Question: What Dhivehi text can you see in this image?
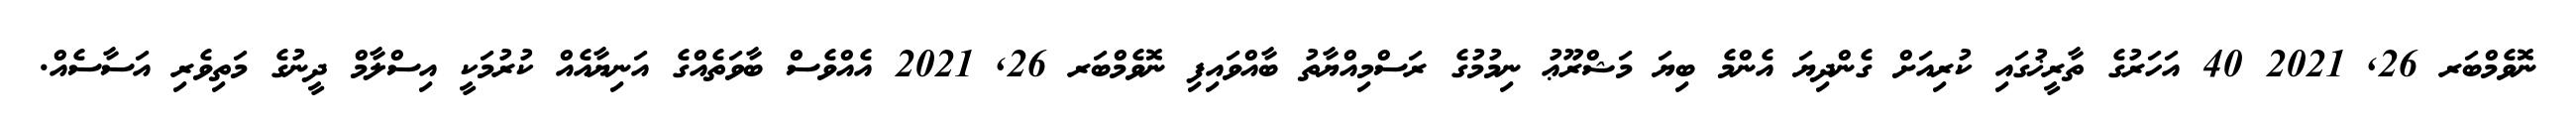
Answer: ނޮވެމްބަރ 26, 2021 40 އަހަރުގެ ތާރީޚުގައި ކުރިއަށް ގެންދިޔަ އެންމެ ބިޔަ މަޝްރޫޢު ނިމުމުގެ ރަސްމިއްޔާތު ބާއްވައިފި ނޮވެމްބަރ 26, 2021 އެއްވެސް ބާވަތެއްގެ އަނިޔާއެއް ކުރުމަކީ އިސްލާމް ދީނުގެ މަތިވެރި އަސާސެއް.